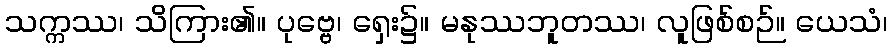
သက္ကဿ၊ သိကြား၏။ ပုဗ္ဗေ၊ ရှေး၌။ မနုဿဘူတဿ၊ လူဖြစ်စဉ်။ ယေသံ၊